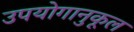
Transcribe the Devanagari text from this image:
उपयोगानुकूल